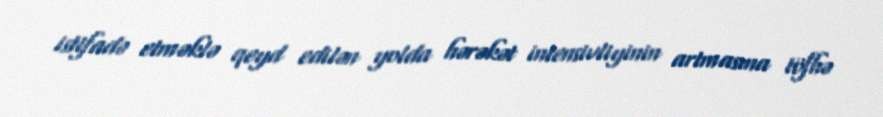
istifadə etməklə qeyd edilən yolda hərəkət intensivliyinin artmasına töfhə